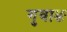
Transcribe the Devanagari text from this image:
गुवाङ